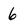
Character: 6